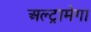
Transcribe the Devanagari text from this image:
अल्ट्रामेगा